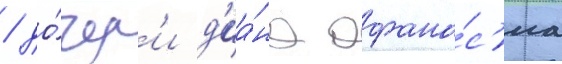
/ до́чер'и д'иа́на афана́с'иа